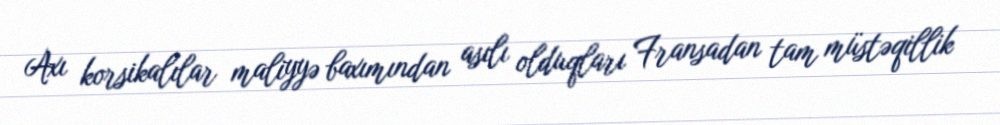
Axı korsikalılar maliyyə baxımından asılı olduqları Fransadan tam müstəqillik